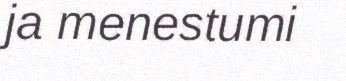
ja menestumi